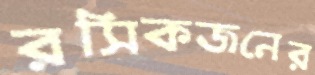
রসিকজনের